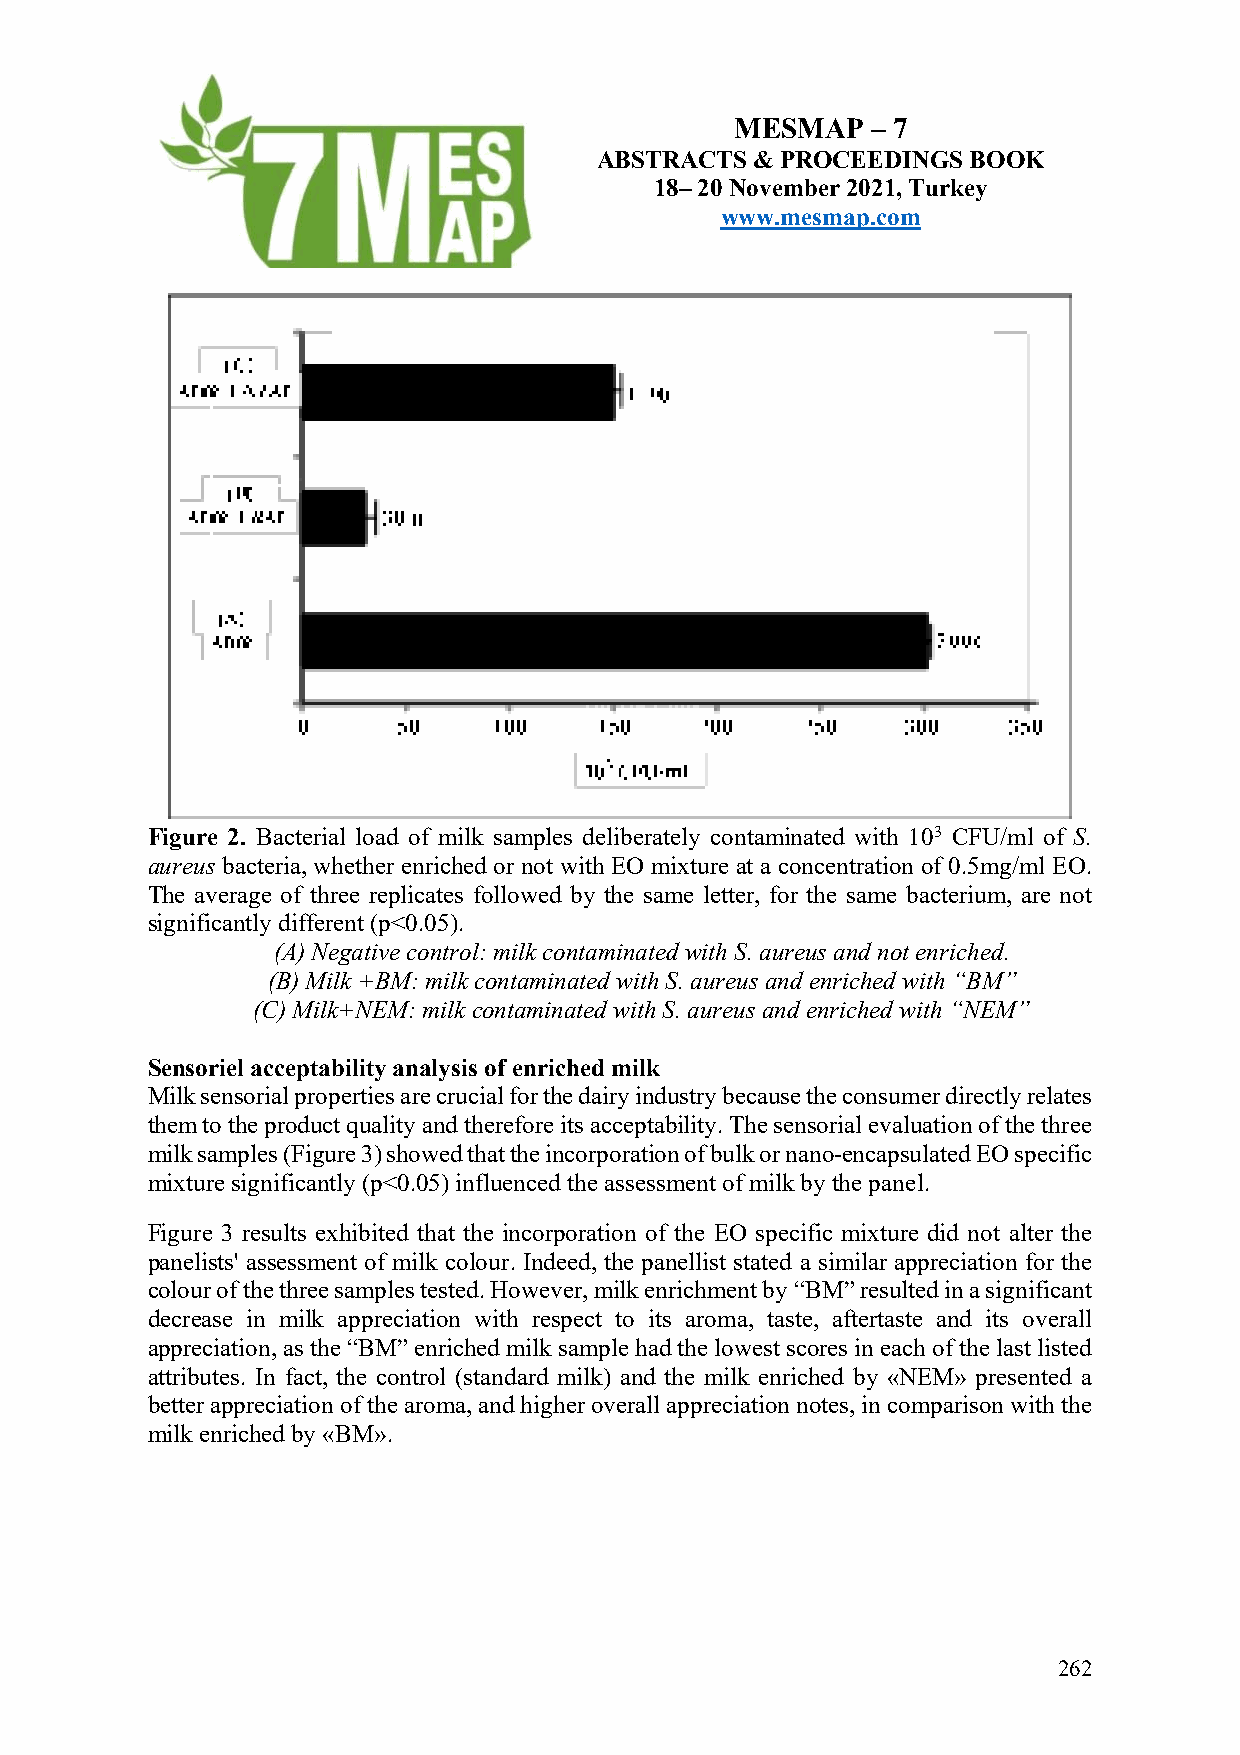
MESMAP   – 7
 ABSTRACTS  & PROCEEDINGS BOOK
 18– 20 November 2021, Turkey
 www.mesmap.com
 Figure 2. Bacterial load of milk samples deliberately contaminated with 103 CFU/ml of S.
 aureus bacteria, whether enriched or not with EO mixture at a concentration of 0.5mg/ml EO.
 The average of three replicates followed by the same letter, for the same bacterium, are not
 significantly different (p<0.05).
 (A) Negative control: milk contaminated with S. aureus and not enriched.
 (B) Milk +BM: milk contaminated with S. aureus and enriched with “BM”
 (C) Milk+NEM: milk contaminated with S. aureus and enriched with “NEM”
 Sensoriel acceptability analysis of enriched milk
 Milk sensorial properties are crucial for the dairy industry because the consumer directly relates
 them to the product quality and therefore its acceptability. The sensorial evaluation of the three
 milk samples (Figure 3) showed that the incorporation of bulk or nano-encapsulated EO specific
 mixture significantly (p<0.05) influenced the assessment of milk by the panel.
 Figure 3 results exhibited that the incorporation of the EO specific mixture did not alter the
 panelists' assessment of milk colour. Indeed, the panellist stated a similar appreciation for the
 colour of the three samples tested. However, milk enrichment by “BM” resulted in a significant
 decrease in milk appreciation with respect to its aroma, taste, aftertaste and its overall
 appreciation, as the “BM” enriched milk sample had the lowest scores in each of the last listed
 attributes. In fact, the control (standard milk) and the milk enriched by «NEM» presented a
 better appreciation of the aroma, and higher overall appreciation notes, in comparison with the
 milk enriched by «BM».
 262